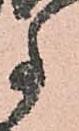
事